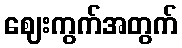
ဈေးကွက်အတွက်